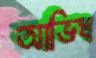
আভিধ